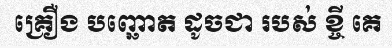
គ្រឿង បញ្ឆោត ដូចជា របស់ ខ្ចី គេ